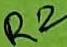
Text: R2